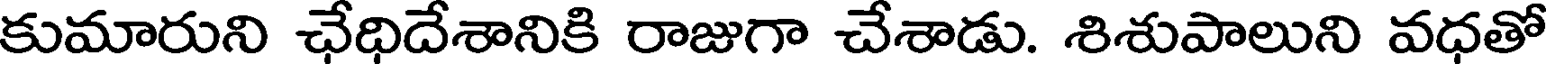
కుమారుని ఛేధిదేశానికి రాజుగా చేశాడు. శిశుపాలుని వధతో